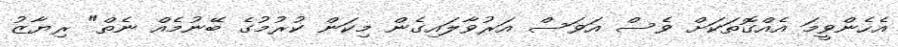
އެހެންވީމަ އެއްގޮތަކަށް ވެސް އަވަސް އަރުވާލައިގެން މިކަން ކުރުމުގެ ބޭނުމެއް ނެތް" ރިޔާޒު